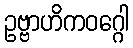
ဥဗ္ဗာဟိကဝဂ္ဂေါ